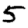
Digit: 5